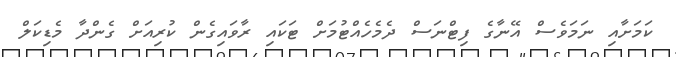
ކަމަށާއި ނަމަވެސް އޭނާގެ ފިޓްނަސް ދެމެހެއްޓުމަށް ޓަކައި ރާވައިގެން ކުރިއަށް ގެންދާ މެޑިކަލް